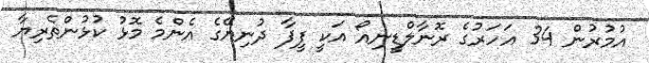
އުމުރުން 34 އަހަރުގެ ރޮނާލްޑީނިއޯ އަކީ ފީފާ ދުނިޔޭގެ އެންމެ މޮޅު ކުޅުންތެރިޔާ